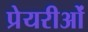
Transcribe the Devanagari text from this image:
प्रेयरीओं